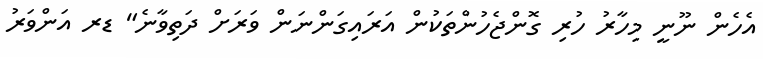
އެހެން ނޫނީ މިހާރު ހުރި ގޮންޖެހުންތަކުން އަރައިގަންނަން ވަރަށް ދަތިވާނެ" ޑރ އަންވަރު